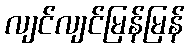
လျင်လျင်မြန်မြန်